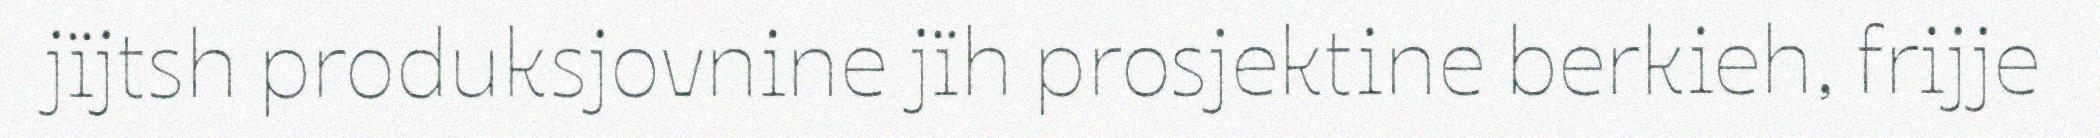
jïjtsh produksjovnine jïh prosjektine berkieh, frijje